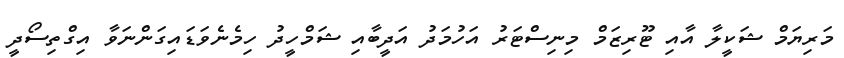
މަރިޔަމް ޝަކީލާ އާއި ޓޫރިޒަމް މިނިސްޓަރު އަހުމަދު އަދީބާއި ޝަމްހީދު ހިމެނެވަޑައިގަންނަވާ އިގްތިސޯދީ